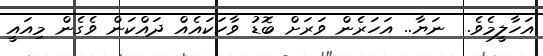
އަހާލީމެވެ.  ނަޔާ.. އަހަރެން ވަރަށް ބޮޑު ވާހަކައެއް ދައްކަން ވެގެން މިއައީ